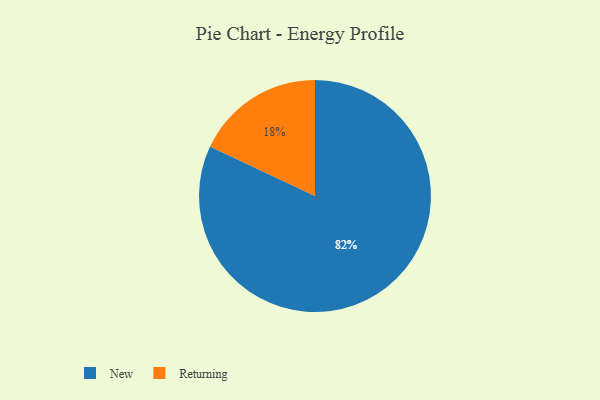
{"axis": {"x": "Category", "y": "Percentage"}, "legend": ["New", "Returning"], "data": [{"x": "Returning", "y": 18, "type": "Returning"}, {"x": "New", "y": 82, "type": "New"}]}